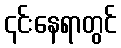
၎င်းနေရာတွင်